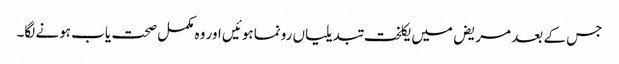
جس کے بعد مریض میں یکلخت تبدیلیاں رونما ہوئیں اور وہ مکمل صحت یاب ہونے لگا۔